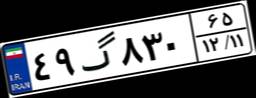
۱۲گ۱۶۹۸۶